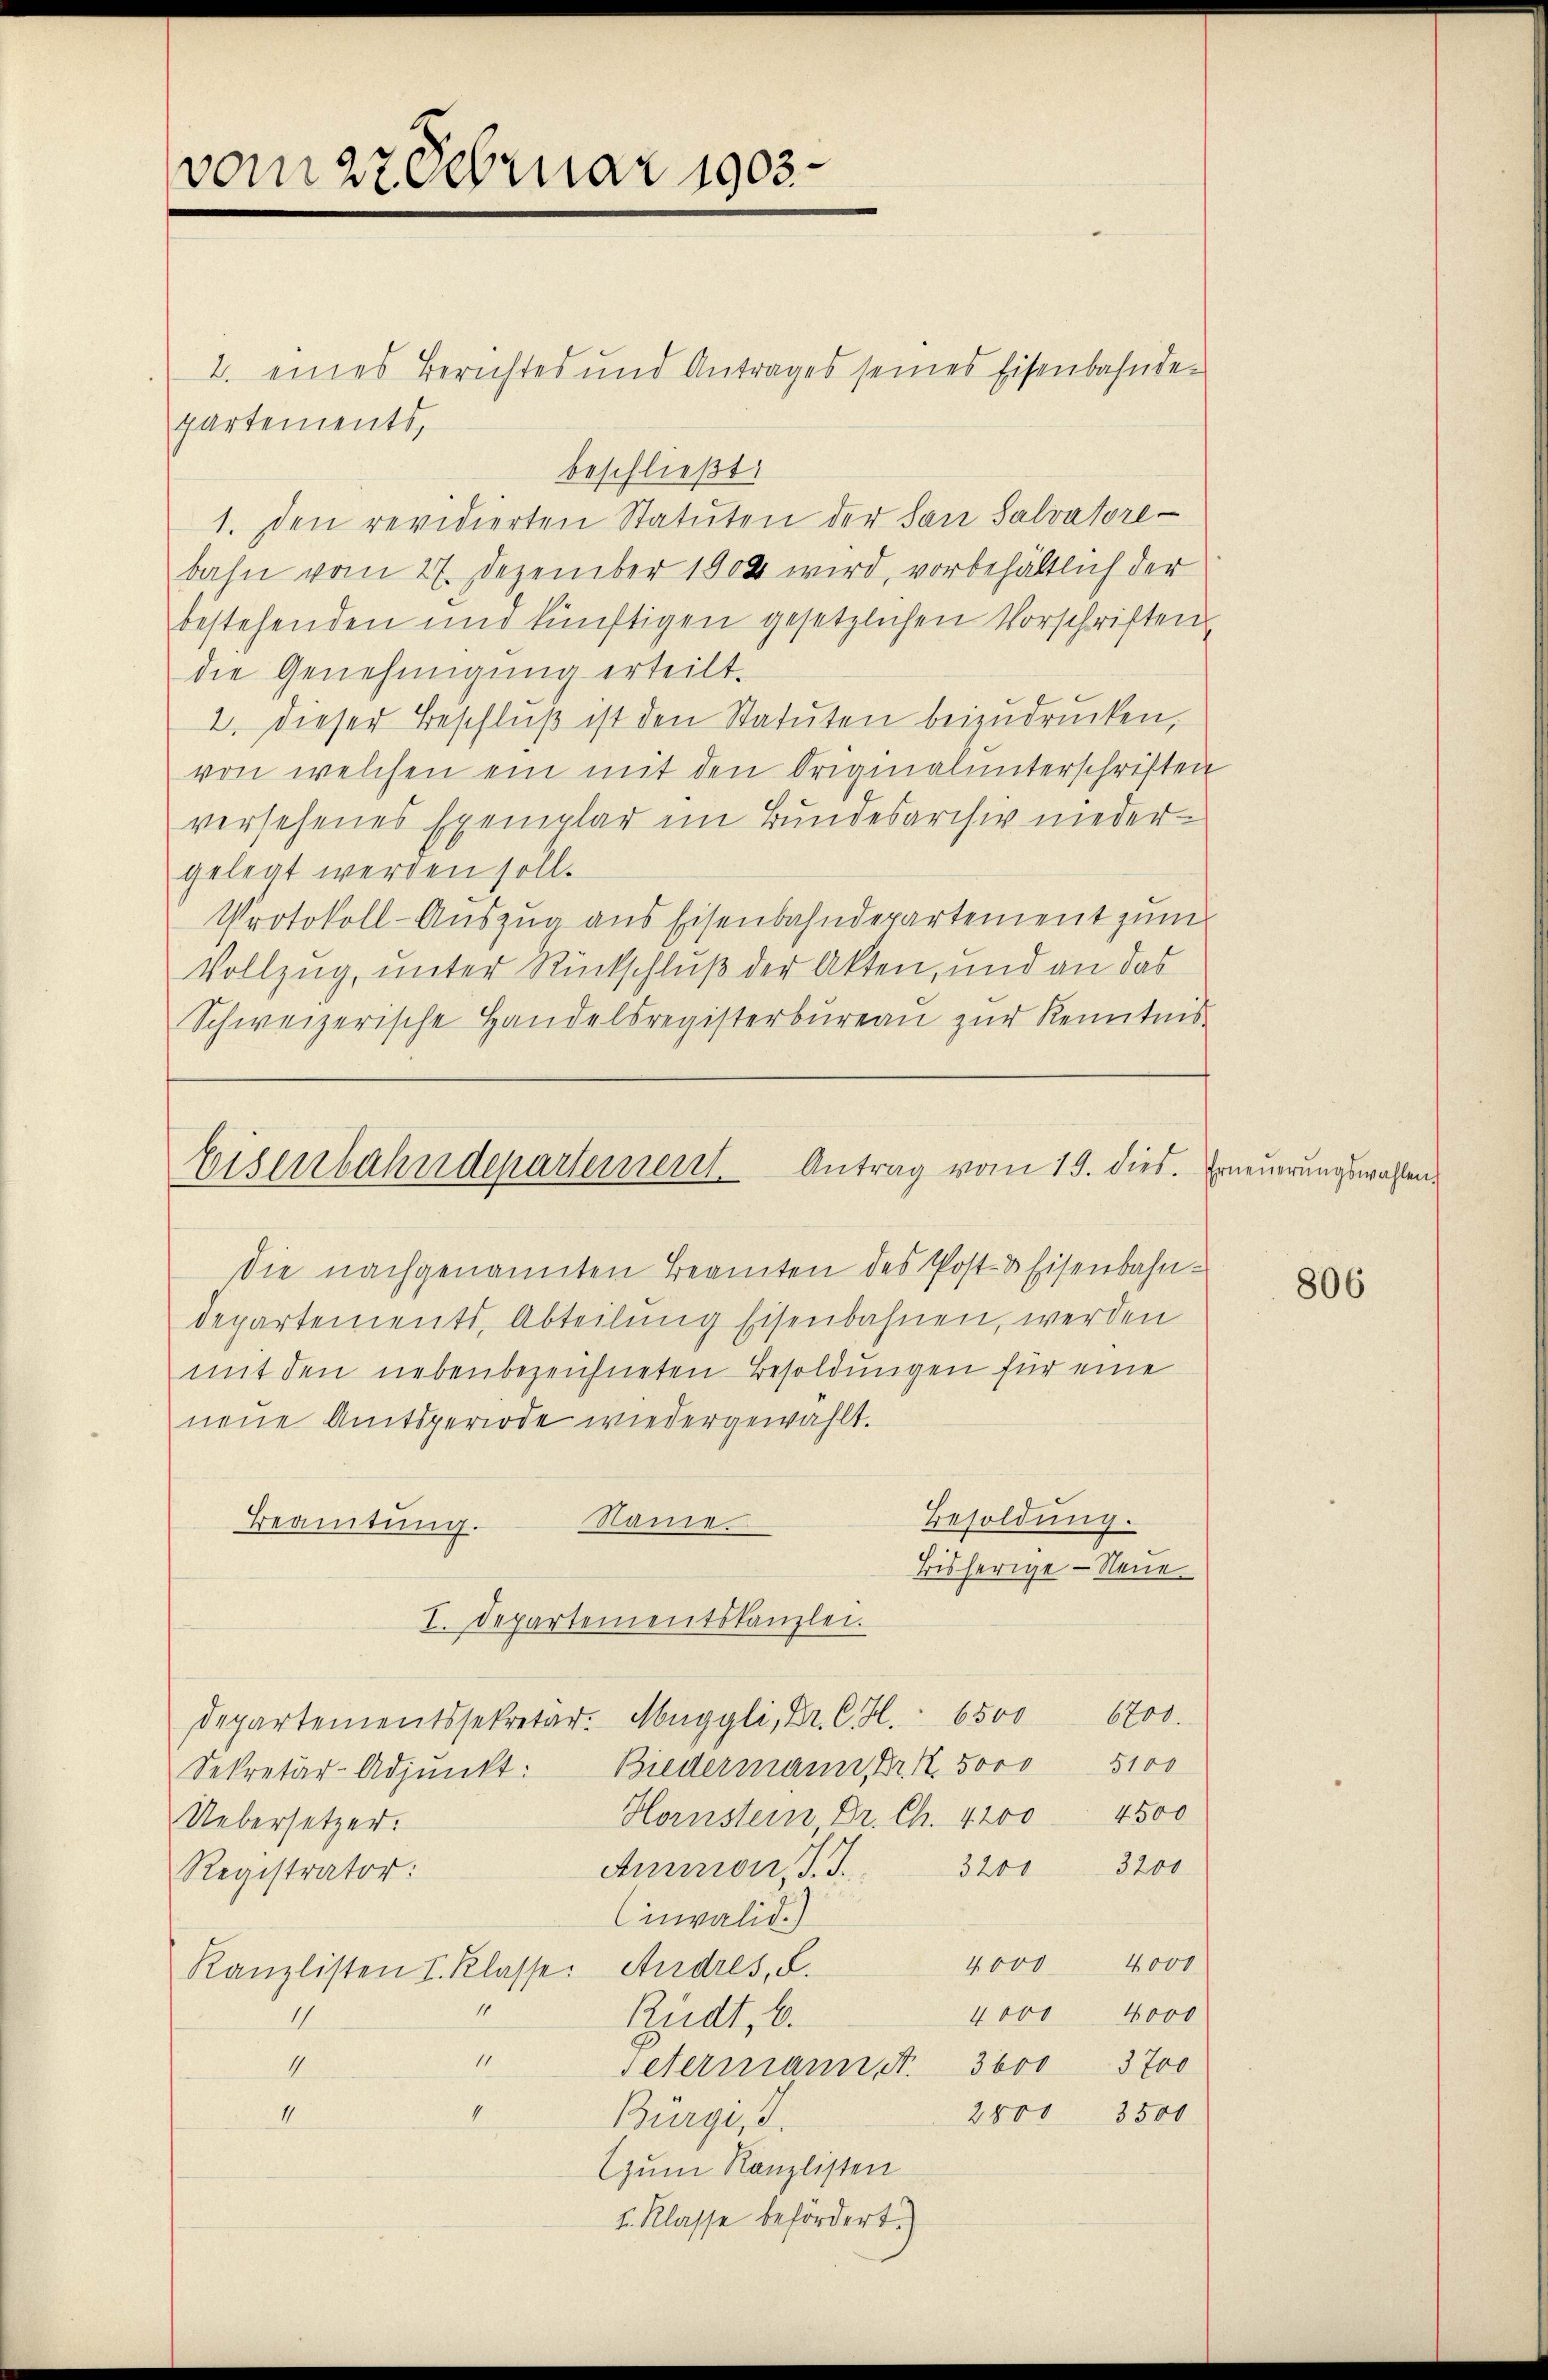
vom 27 Februar 1903.

2. eines Berichtes und Antrages seines Eisenbahnde-
partements,
beschließt:
1. Den revidierten Statuten der San Salvatore
bahn vom 27. Dezember 1904 wird, vorbehältlich der
bestehenden und künftigen gesetzlichen Vorschriften
die Genehmigung erteilt.
2. dieser Beschlŭβ ist den Statuten beizudrucken,
von welchen ein mit den Originalunterschriften
versehenes Exemplar im Bundesarchiv nieder
gelegt werden soll.
Protokoll-Auszug aus Eisenbahndepartement zum
Vollzug, unter Rückschluß der Akten, und an das
Schweizerische Handelsregisterbüreaŭ zŭr Kenntnis
Die nachgenannten Beamten des Post- & Eisenbahndepartements, Abteilung Eisenbahnen, werden
mit den nebenbezeichneten Besoldungen für eine
neŭe Amtsperiode wiedergewählt.
Besoldung.
Name
Beamtung.
Bisherige - Neue
I. Departementskanzlei.
6800.
Departementssekretär- Muggli, Dr. C. H. 6500
5100
Biedermann, Br. R. 5000
Sekretär-Adjunkt:
Hornstein, Dr. Ch. 4200. 4500
Uebersetzer.
3201 3200
Ammon. J. J.
Registrator:
Cinvalid.)
4000. 4000
Kanzlisten I. Klasse: Andres, d.
1
4000 4000
11
Rüdt, 6.
1
4
etermann S. 3600 3700
1
4
3801
3500
Bürgi, d.
zum Kanzlisten
I. Klasse befördert.)

Eisenbahndepartement. Antrag vom 19. dies. Erneuerungswahlen¬

806